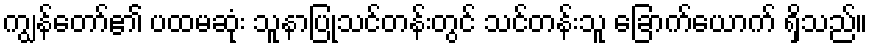
ကျွန်တော်၏ ပထမဆုံး သူနာပြုသင်တန်းတွင် သင်တန်းသူ ခြောက်ယောက် ရှိသည်။